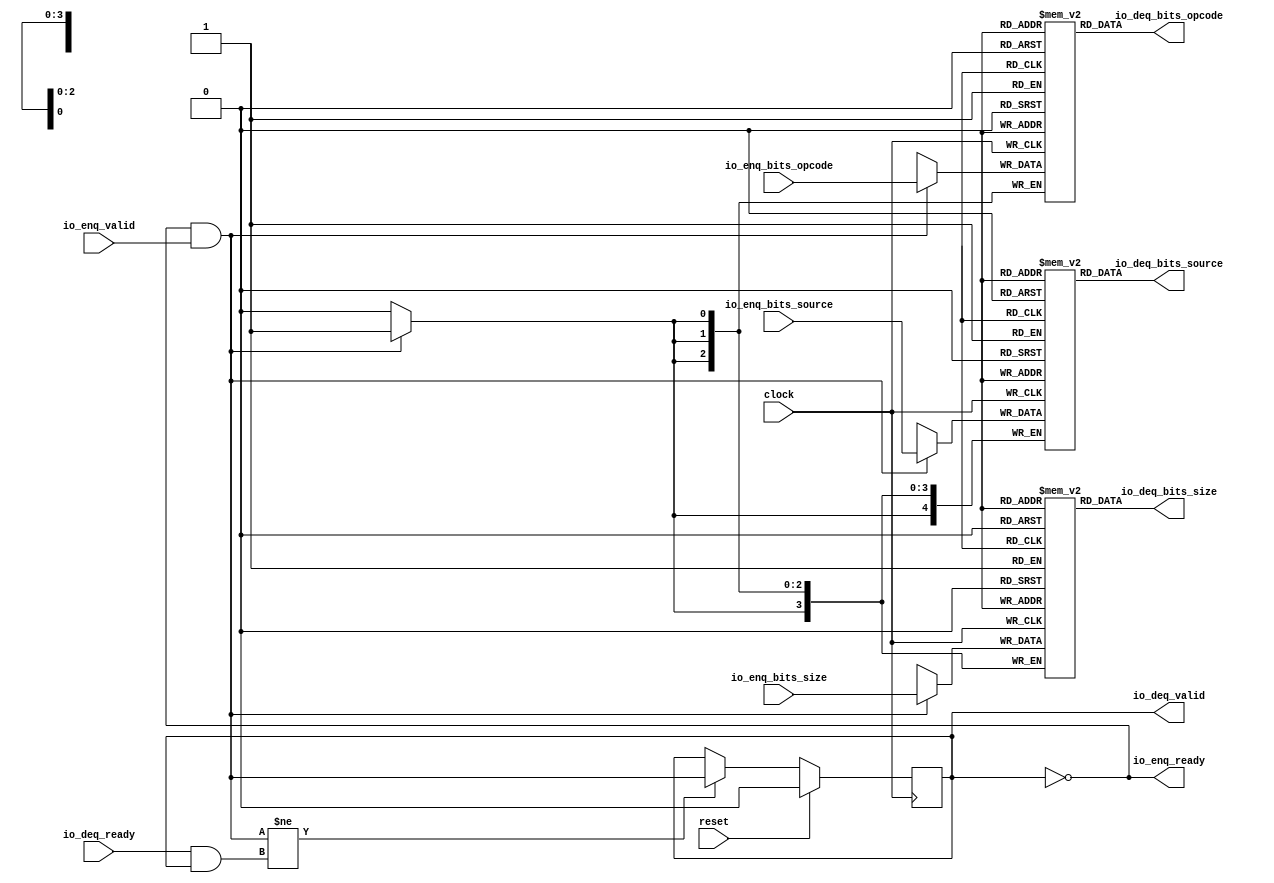
module Queue_23(
  input        clock,
  input        reset,
  output       io_enq_ready,
  input        io_enq_valid,
  input  [2:0] io_enq_bits_opcode,
  input  [3:0] io_enq_bits_size,
  input  [4:0] io_enq_bits_source,
  input        io_deq_ready,
  output       io_deq_valid,
  output [2:0] io_deq_bits_opcode,
  output [3:0] io_deq_bits_size,
  output [4:0] io_deq_bits_source
);
`ifdef RANDOMIZE_MEM_INIT
  reg [31:0] _RAND_0;
  reg [31:0] _RAND_1;
  reg [31:0] _RAND_2;
`endif // RANDOMIZE_MEM_INIT
`ifdef RANDOMIZE_REG_INIT
  reg [31:0] _RAND_3;
`endif // RANDOMIZE_REG_INIT
  reg [2:0] ram_opcode [0:0]; // @[Decoupled.scala 259:95]
  wire  ram_opcode_io_deq_bits_MPORT_en; // @[Decoupled.scala 259:95]
  wire  ram_opcode_io_deq_bits_MPORT_addr; // @[Decoupled.scala 259:95]
  wire [2:0] ram_opcode_io_deq_bits_MPORT_data; // @[Decoupled.scala 259:95]
  wire [2:0] ram_opcode_MPORT_data; // @[Decoupled.scala 259:95]
  wire  ram_opcode_MPORT_addr; // @[Decoupled.scala 259:95]
  wire  ram_opcode_MPORT_mask; // @[Decoupled.scala 259:95]
  wire  ram_opcode_MPORT_en; // @[Decoupled.scala 259:95]
  reg [3:0] ram_size [0:0]; // @[Decoupled.scala 259:95]
  wire  ram_size_io_deq_bits_MPORT_en; // @[Decoupled.scala 259:95]
  wire  ram_size_io_deq_bits_MPORT_addr; // @[Decoupled.scala 259:95]
  wire [3:0] ram_size_io_deq_bits_MPORT_data; // @[Decoupled.scala 259:95]
  wire [3:0] ram_size_MPORT_data; // @[Decoupled.scala 259:95]
  wire  ram_size_MPORT_addr; // @[Decoupled.scala 259:95]
  wire  ram_size_MPORT_mask; // @[Decoupled.scala 259:95]
  wire  ram_size_MPORT_en; // @[Decoupled.scala 259:95]
  reg [4:0] ram_source [0:0]; // @[Decoupled.scala 259:95]
  wire  ram_source_io_deq_bits_MPORT_en; // @[Decoupled.scala 259:95]
  wire  ram_source_io_deq_bits_MPORT_addr; // @[Decoupled.scala 259:95]
  wire [4:0] ram_source_io_deq_bits_MPORT_data; // @[Decoupled.scala 259:95]
  wire [4:0] ram_source_MPORT_data; // @[Decoupled.scala 259:95]
  wire  ram_source_MPORT_addr; // @[Decoupled.scala 259:95]
  wire  ram_source_MPORT_mask; // @[Decoupled.scala 259:95]
  wire  ram_source_MPORT_en; // @[Decoupled.scala 259:95]
  reg  maybe_full; // @[Decoupled.scala 262:27]
  wire  empty = ~maybe_full; // @[Decoupled.scala 264:28]
  wire  do_enq = io_enq_ready & io_enq_valid; // @[Decoupled.scala 50:35]
  wire  do_deq = io_deq_ready & io_deq_valid; // @[Decoupled.scala 50:35]
  assign ram_opcode_io_deq_bits_MPORT_en = 1'h1;
  assign ram_opcode_io_deq_bits_MPORT_addr = 1'h0;
  assign ram_opcode_io_deq_bits_MPORT_data = ram_opcode[ram_opcode_io_deq_bits_MPORT_addr]; // @[Decoupled.scala 259:95]
  assign ram_opcode_MPORT_data = io_enq_bits_opcode;
  assign ram_opcode_MPORT_addr = 1'h0;
  assign ram_opcode_MPORT_mask = 1'h1;
  assign ram_opcode_MPORT_en = io_enq_ready & io_enq_valid;
  assign ram_size_io_deq_bits_MPORT_en = 1'h1;
  assign ram_size_io_deq_bits_MPORT_addr = 1'h0;
  assign ram_size_io_deq_bits_MPORT_data = ram_size[ram_size_io_deq_bits_MPORT_addr]; // @[Decoupled.scala 259:95]
  assign ram_size_MPORT_data = io_enq_bits_size;
  assign ram_size_MPORT_addr = 1'h0;
  assign ram_size_MPORT_mask = 1'h1;
  assign ram_size_MPORT_en = io_enq_ready & io_enq_valid;
  assign ram_source_io_deq_bits_MPORT_en = 1'h1;
  assign ram_source_io_deq_bits_MPORT_addr = 1'h0;
  assign ram_source_io_deq_bits_MPORT_data = ram_source[ram_source_io_deq_bits_MPORT_addr]; // @[Decoupled.scala 259:95]
  assign ram_source_MPORT_data = io_enq_bits_source;
  assign ram_source_MPORT_addr = 1'h0;
  assign ram_source_MPORT_mask = 1'h1;
  assign ram_source_MPORT_en = io_enq_ready & io_enq_valid;
  assign io_enq_ready = ~maybe_full; // @[Decoupled.scala 289:19]
  assign io_deq_valid = ~empty; // @[Decoupled.scala 288:19]
  assign io_deq_bits_opcode = ram_opcode_io_deq_bits_MPORT_data; // @[Decoupled.scala 296:17]
  assign io_deq_bits_size = ram_size_io_deq_bits_MPORT_data; // @[Decoupled.scala 296:17]
  assign io_deq_bits_source = ram_source_io_deq_bits_MPORT_data; // @[Decoupled.scala 296:17]
  always @(posedge clock) begin
    if (ram_opcode_MPORT_en & ram_opcode_MPORT_mask) begin
      ram_opcode[ram_opcode_MPORT_addr] <= ram_opcode_MPORT_data; // @[Decoupled.scala 259:95]
    end
    if (ram_size_MPORT_en & ram_size_MPORT_mask) begin
      ram_size[ram_size_MPORT_addr] <= ram_size_MPORT_data; // @[Decoupled.scala 259:95]
    end
    if (ram_source_MPORT_en & ram_source_MPORT_mask) begin
      ram_source[ram_source_MPORT_addr] <= ram_source_MPORT_data; // @[Decoupled.scala 259:95]
    end
    if (reset) begin // @[Decoupled.scala 262:27]
      maybe_full <= 1'h0; // @[Decoupled.scala 262:27]
    end else if (do_enq != do_deq) begin // @[Decoupled.scala 279:27]
      maybe_full <= do_enq; // @[Decoupled.scala 280:16]
    end
  end
// Register and memory initialization
`ifdef RANDOMIZE_GARBAGE_ASSIGN
`define RANDOMIZE
`endif
`ifdef RANDOMIZE_INVALID_ASSIGN
`define RANDOMIZE
`endif
`ifdef RANDOMIZE_REG_INIT
`define RANDOMIZE
`endif
`ifdef RANDOMIZE_MEM_INIT
`define RANDOMIZE
`endif
`ifndef RANDOM
`define RANDOM $random
`endif
`ifdef RANDOMIZE_MEM_INIT
  integer initvar;
`endif
`ifndef SYNTHESIS
`ifdef FIRRTL_BEFORE_INITIAL
`FIRRTL_BEFORE_INITIAL
`endif
initial begin
  `ifdef RANDOMIZE
    `ifdef INIT_RANDOM
      `INIT_RANDOM
    `endif
    `ifndef VERILATOR
      `ifdef RANDOMIZE_DELAY
        #`RANDOMIZE_DELAY begin end
      `else
        #0.002 begin end
      `endif
    `endif
`ifdef RANDOMIZE_MEM_INIT
  _RAND_0 = {1{`RANDOM}};
  for (initvar = 0; initvar < 1; initvar = initvar+1)
    ram_opcode[initvar] = _RAND_0[2:0];
  _RAND_1 = {1{`RANDOM}};
  for (initvar = 0; initvar < 1; initvar = initvar+1)
    ram_size[initvar] = _RAND_1[3:0];
  _RAND_2 = {1{`RANDOM}};
  for (initvar = 0; initvar < 1; initvar = initvar+1)
    ram_source[initvar] = _RAND_2[4:0];
`endif // RANDOMIZE_MEM_INIT
`ifdef RANDOMIZE_REG_INIT
  _RAND_3 = {1{`RANDOM}};
  maybe_full = _RAND_3[0:0];
`endif // RANDOMIZE_REG_INIT
  `endif // RANDOMIZE
end // initial
`ifdef FIRRTL_AFTER_INITIAL
`FIRRTL_AFTER_INITIAL
`endif
`endif // SYNTHESIS
endmodule